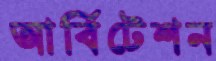
আর্বিটেশন